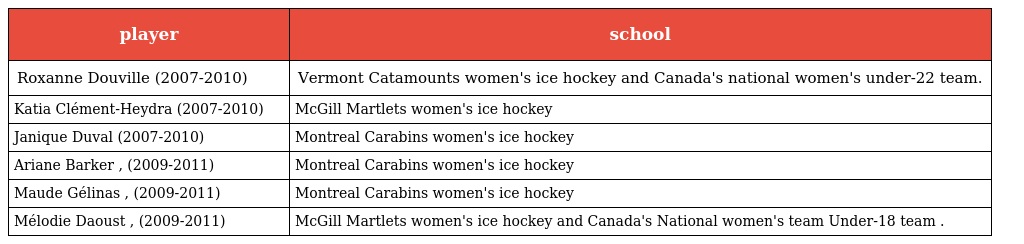
| player | school |
 | --- | --- |
 | Roxanne Douville (2007-2010) | Vermont Catamounts women's ice hockey and Canada's national women's under-22 team. |
 | Katia Clément-Heydra (2007-2010) | McGill Martlets women's ice hockey |
 | Janique Duval (2007-2010) | Montreal Carabins women's ice hockey |
 | Ariane Barker , (2009-2011) | Montreal Carabins women's ice hockey |
 | Maude Gélinas , (2009-2011) | Montreal Carabins women's ice hockey |
 | Mélodie Daoust , (2009-2011) | McGill Martlets women's ice hockey and Canada's National women's team Under-18 team . |